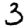
Digit: 3